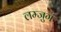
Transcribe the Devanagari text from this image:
लम्जुगं